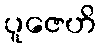
ပူဇေဟိ